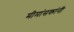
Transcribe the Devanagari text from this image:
मीमांसकांनी